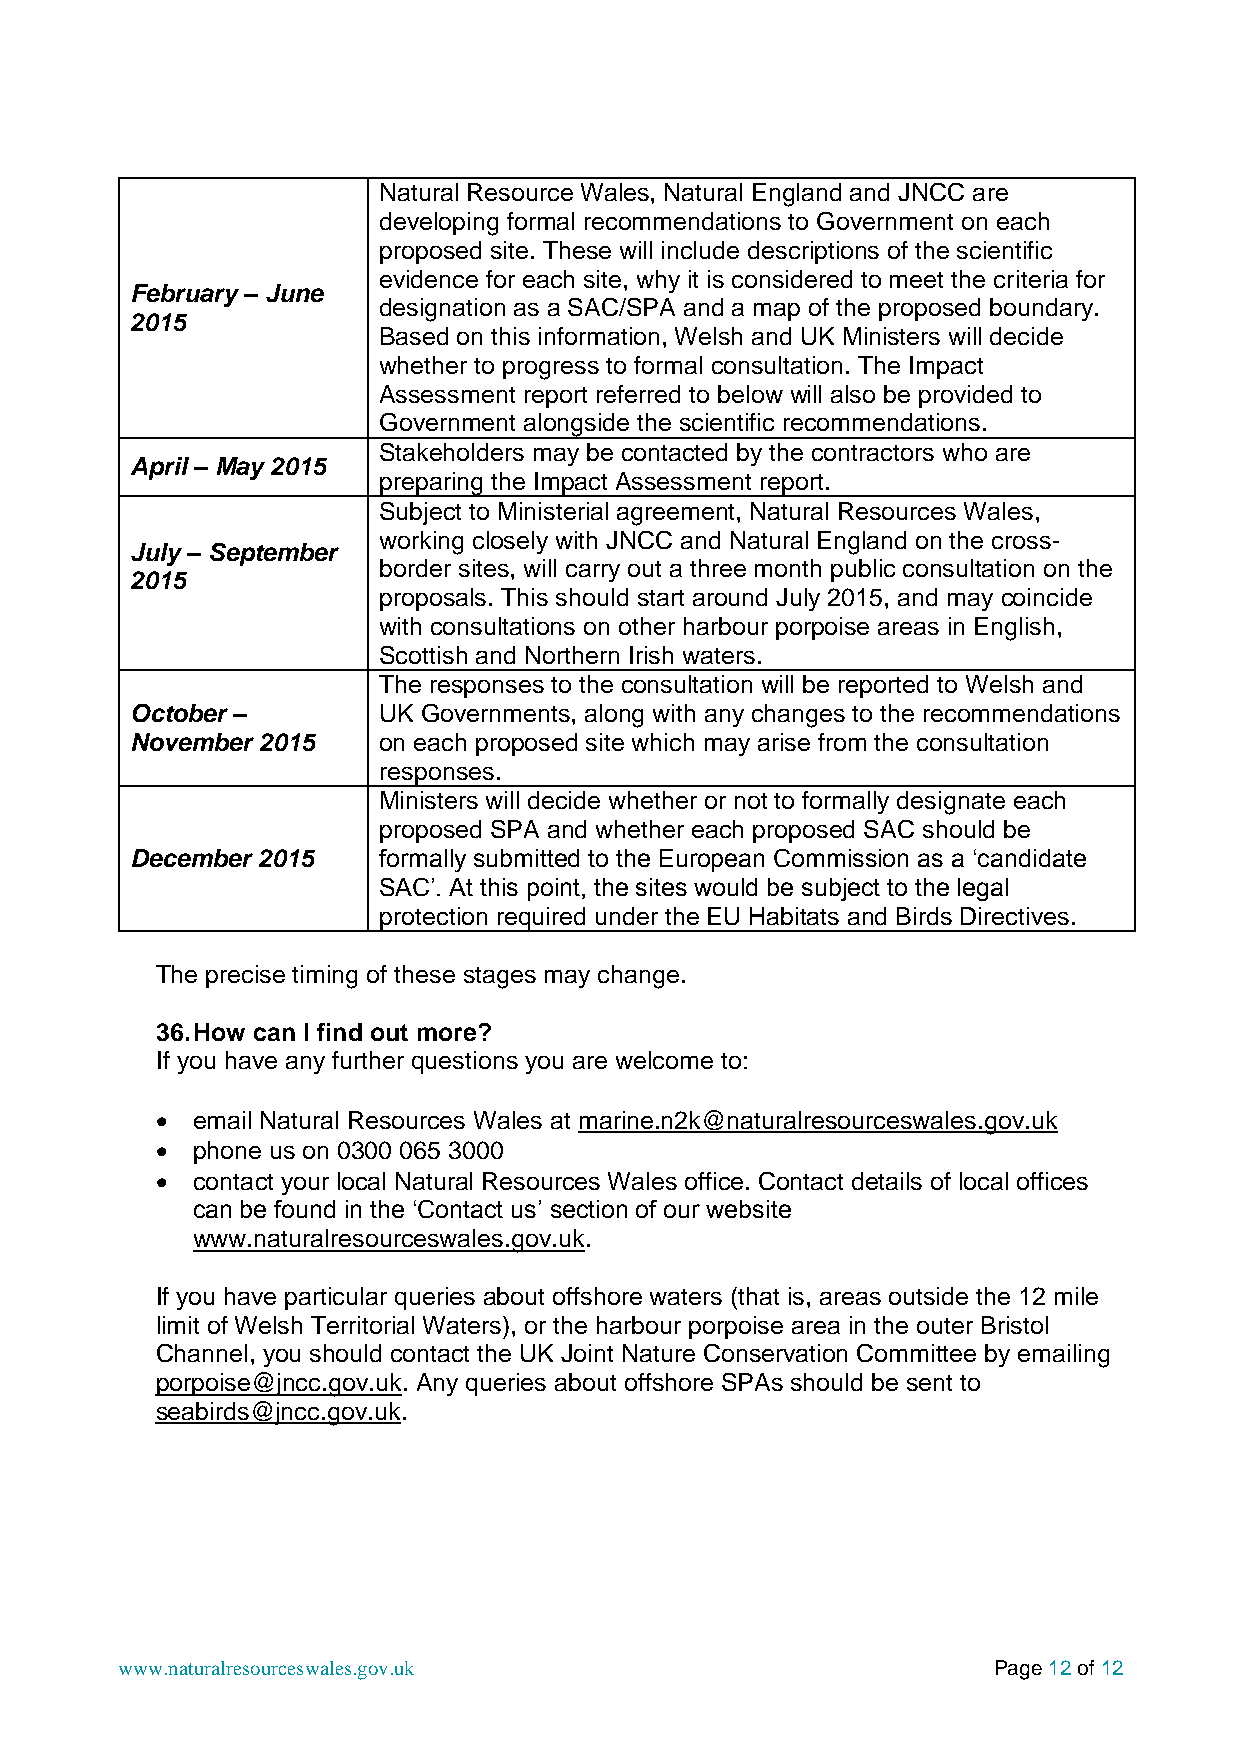
Natural Resource Wales, Natural England and JNCC are
 developing formal recommendations to Government on each
 proposed site. These will include descriptions of the scientific
 evidence for each site, why it is considered to meet the criteria for
 February – June
 designation as a SAC/SPA and a map of the proposed boundary.
 2015
 Based on this information, Welsh and UK Ministers will decide
 whether to progress to formal consultation. The Impact
 Assessment report referred to below will also be provided to
 Government alongside the scientific recommendations.
 Stakeholders may be contacted by the contractors who are
 April – May 2015
 preparing the Impact Assessment report.
 Subject to Ministerial agreement, Natural Resources Wales,
 working closely with JNCC and Natural England on the cross-
 July – September
 border sites, will carry out a three month public consultation on the
 2015
 proposals. This should start around July 2015, and may coincide
 with consultations on other harbour porpoise areas in English,
 Scottish and Northern Irish waters.
 The responses to the consultation will be reported to Welsh and
 October –       UK Governments, along with any changes to the recommendations
 November 2015   on each proposed site which may arise from the consultation
 responses.
 Ministers will decide whether or not to formally designate each
 proposed SPA and whether each proposed SAC should be
 December 2015   formally submitted to the European Commission as a ‘candidate
 SAC’. At this point, the sites would be subject to the legal
 protection required under the EU Habitats and Birds Directives.
 The precise timing of these stages may change.
 36. How can I find out more?
 If you have any further questions you are welcome to:
   email Natural Resources Wales at marine.n2k@naturalresourceswales.gov.uk
   phone us on 0300 065 3000
   contact your local Natural Resources Wales office. Contact details of local offices
 can be found in the ‘Contact us’ section of our website
 www.naturalresourceswales.gov.uk.
 If you have particular queries about offshore waters (that is, areas outside the 12 mile
 limit of Welsh Territorial Waters), or the harbour porpoise area in the outer Bristol
 Channel, you should contact the UK Joint Nature Conservation Committee by emailing
 porpoise@jncc.gov.uk. Any queries about offshore SPAs should be sent to
 seabirds@jncc.gov.uk.
 www.naturalresourceswales.gov.uk                          Page 12 of 12